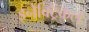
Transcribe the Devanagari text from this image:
इनेक्‍ट्रिकल